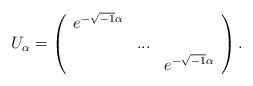
LaTeX: \begin{align*}U_{\alpha}=\left(\begin{array}[c]{ccc}e^{-\sqrt{-1}\alpha} & & \\& ... & \\& & e^{-\sqrt{-1}\alpha}\end{array}\right) . \end{align*}